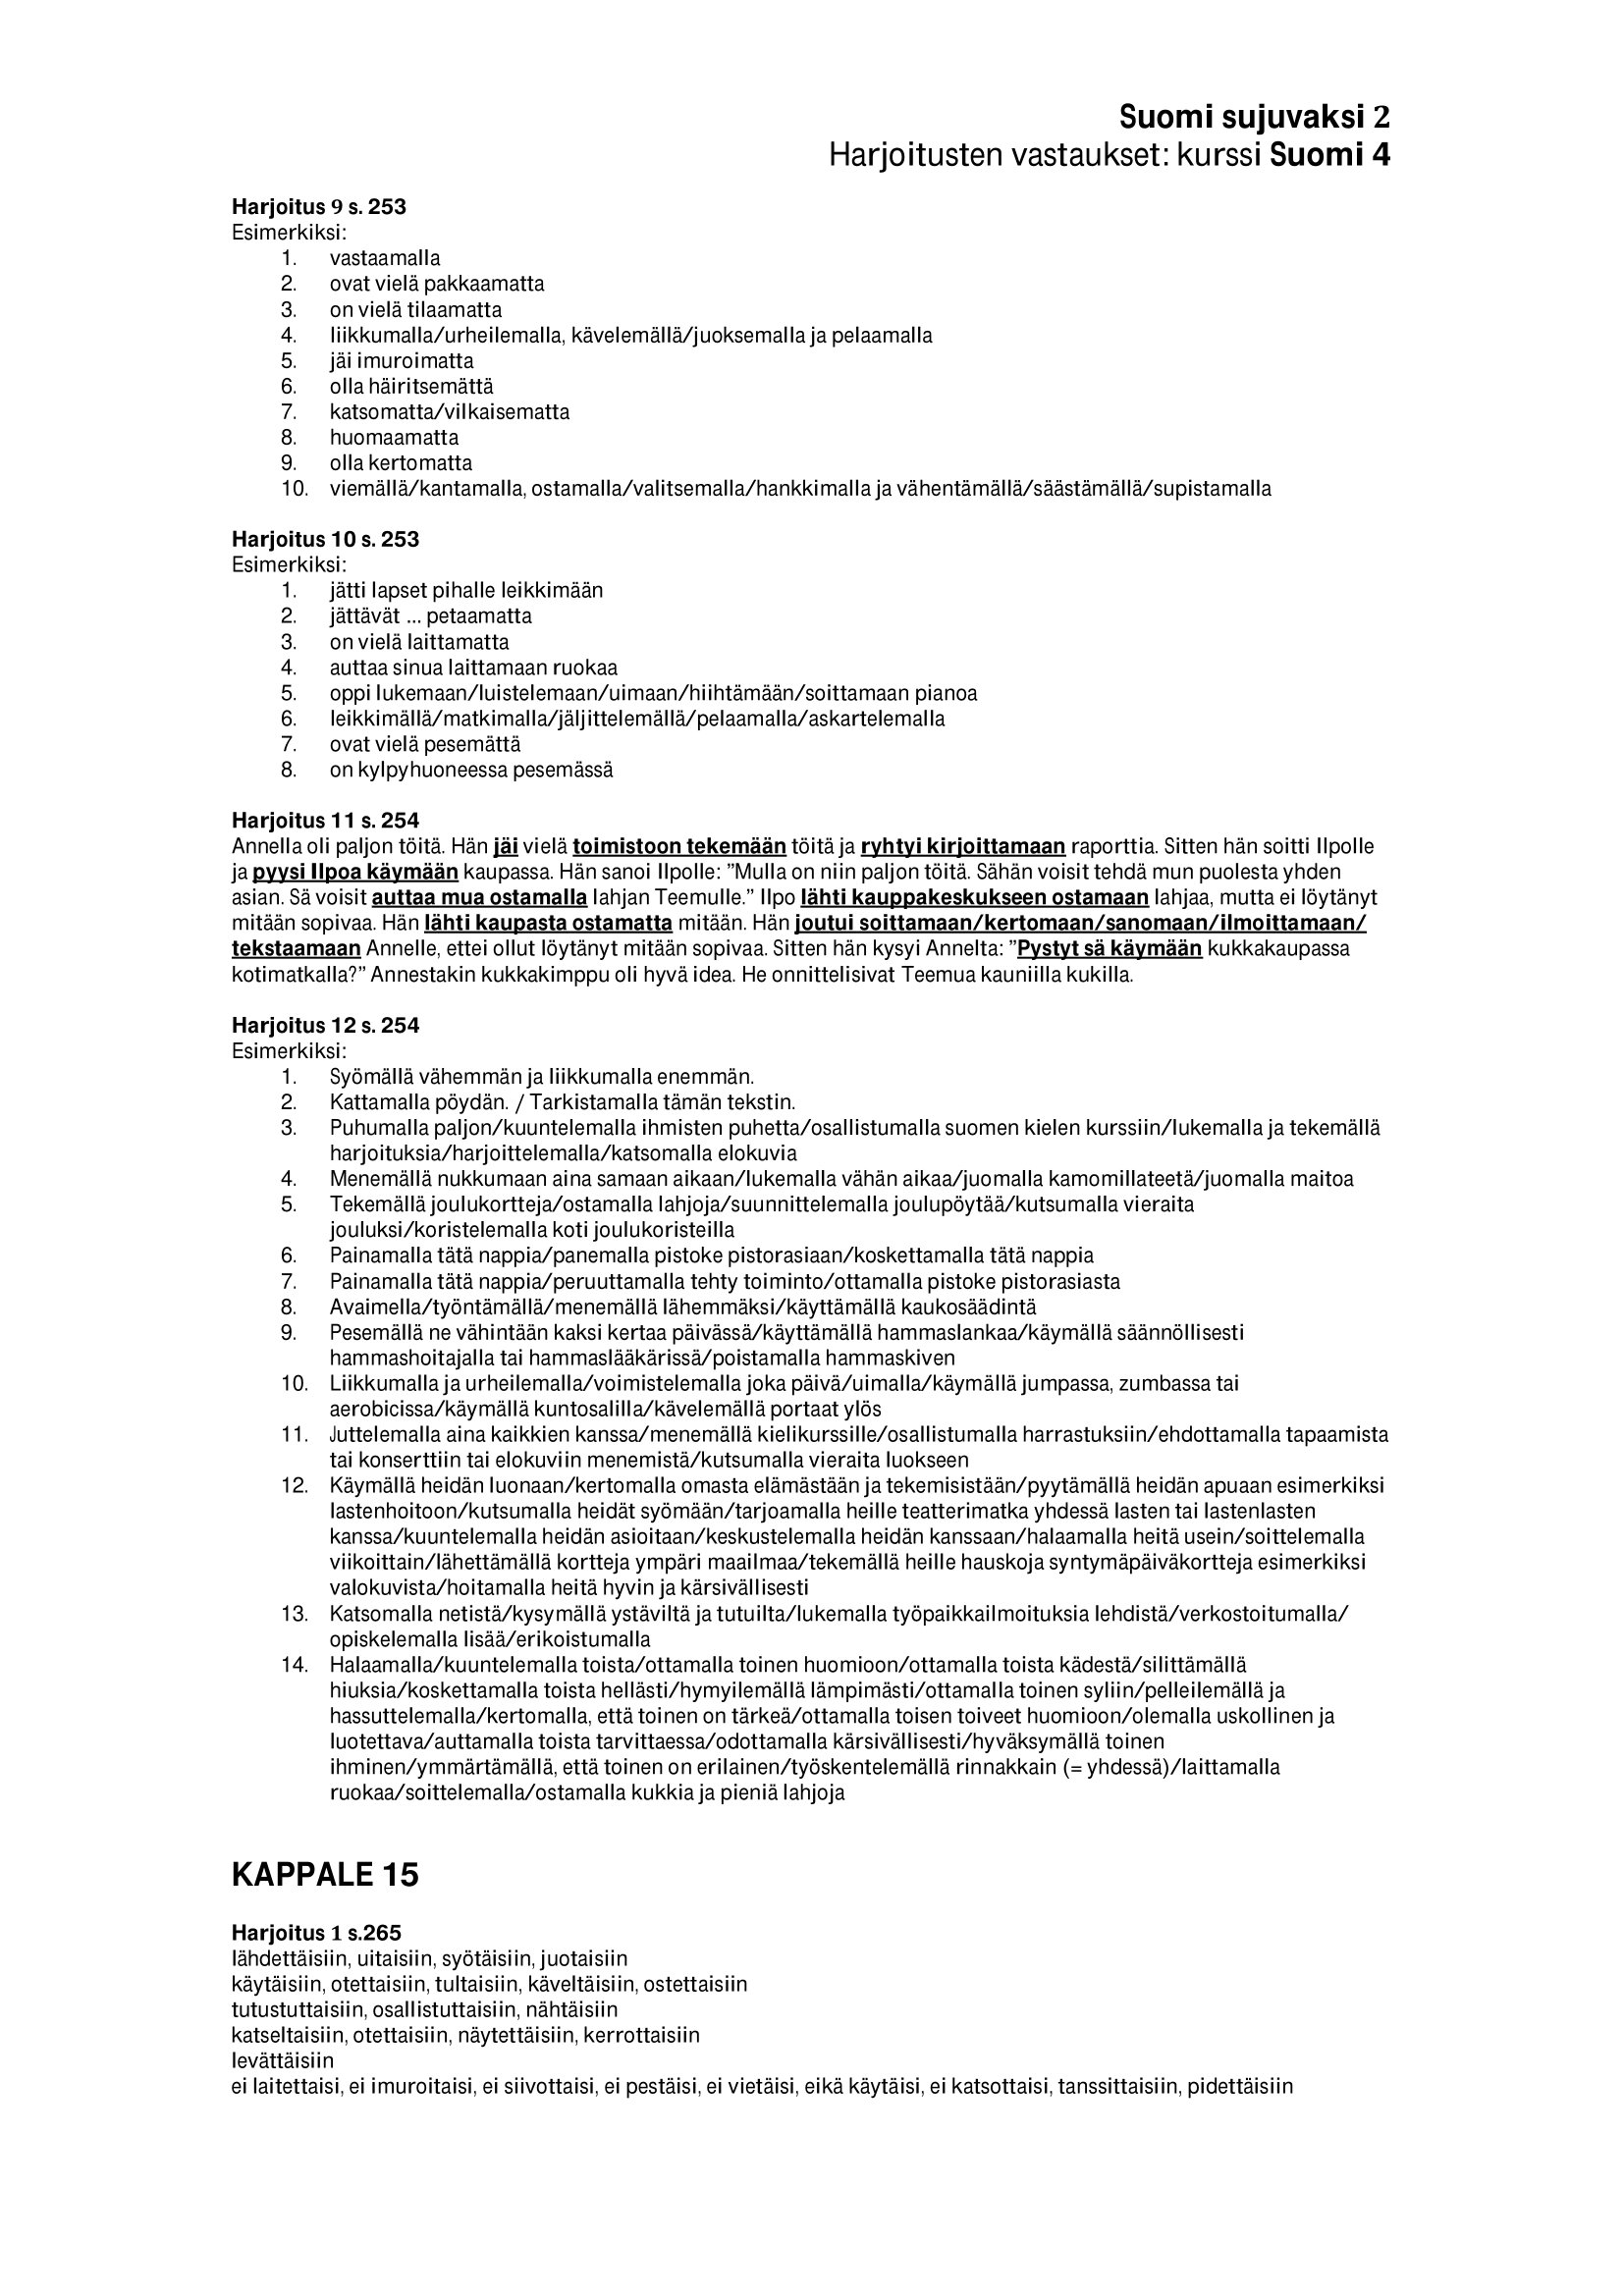
Language: fn